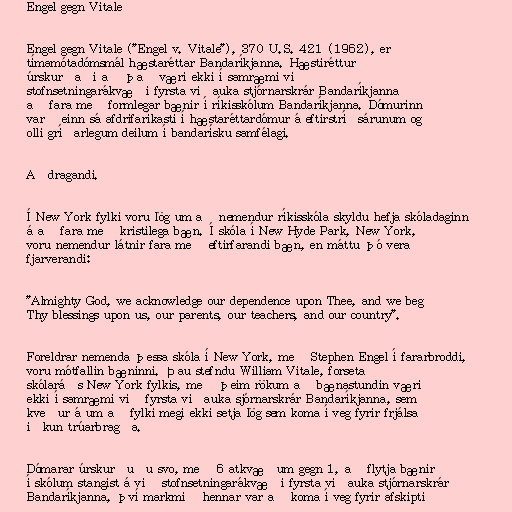
Engel gegn Vitale

Engel gegn Vitale ("Engel v. Vitale"), 370 U.S. 421 (1962), er
tímamótadómsmál hæstaréttar Bandaríkjanna. Hæstiréttur
úrskurðaði að það væri ekki í samræmi við
stofnsetningarákvæði fyrsta viðauka stjórnarskrár Bandaríkjanna
að fara með formlegar bænir í ríkisskólum Bandaríkjanna. Dómurinn
varð einn sá afdrifaríkasti í hæstaréttardómur á eftirstríðsárunum og
olli gríðarlegum deilum í bandarísku samfélagi.

Aðdragandi.

Í New York fylki voru lög um að nemendur ríkisskóla skyldu hefja skóladaginn
á að fara með kristilega bæn. Í skóla í New Hyde Park, New York,
voru nemendur látnir fara með eftirfarandi bæn, en máttu þó vera
fjarverandi:

"Almighty God, we acknowledge our dependence upon Thee, and we beg
Thy blessings upon us, our parents, our teachers, and our country".

Foreldrar nemenda þessa skóla í New York, með Stephen Engel í fararbroddi,
voru mótfallin bæninni. Þau stefndu William Vitale, forseta
skólaráðs New York fylkis, með þeim rökum að bænastundin væri
ekki í samræmi við fyrsta viðauka sjórnarskrár Bandaríkjanna, sem
kveður á um að fylki megi ekki setja lög sem koma í veg fyrir frjálsa
iðkun trúarbragða.

Dómarar úrskurðuðu svo, með 6 atkvæðum gegn 1, að flytja bænir
í skólum stangist á við stofnsetningarákvæði fyrsta viðauka stjórnarskrár
Bandaríkjanna, því markmið hennar var að koma í veg fyrir afskipti